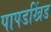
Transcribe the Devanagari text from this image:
पापडखिंड